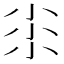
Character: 𡭯